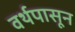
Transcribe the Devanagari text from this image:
वर्थपासून